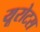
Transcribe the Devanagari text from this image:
यूरोटस